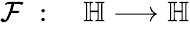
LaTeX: \begin{array}{rl}{\mathcal{F}\; :\; }&{{}\mathbb{H}\longrightarrow\mathbb{H}}\end{array}